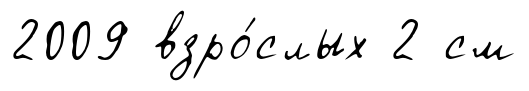
2009 взро́слых 2 см